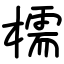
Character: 檽